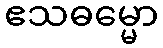
ဧသဓမ္မော